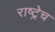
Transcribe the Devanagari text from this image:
राष्ट्रेच